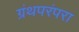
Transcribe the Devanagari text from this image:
ग्रंथपरंपरा